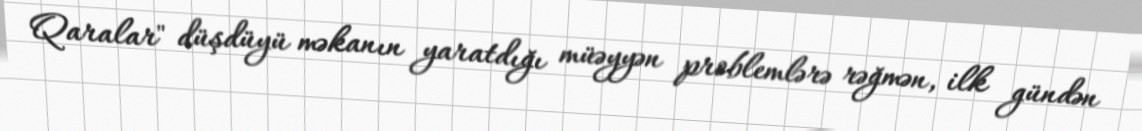
Qaralar" düşdüyü məkanın yaratdığı müəyyən problemlərə rəğmən, ilk gündən